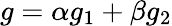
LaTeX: g=\alpha g_{1}+\beta g_{2}